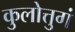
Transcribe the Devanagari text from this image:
कुलोत्तुगं